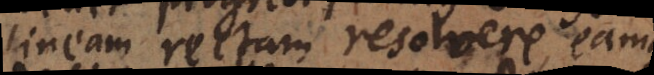
lineam rectam resolvere, eam